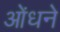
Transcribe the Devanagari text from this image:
ओंधने